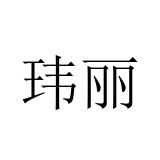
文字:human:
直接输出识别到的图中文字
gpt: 玮丽